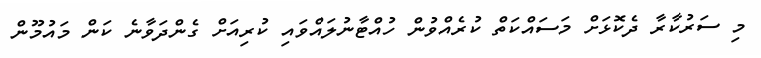
މި ސަރުކާރާ ދެކޮޅަށް މަސައްކަތް ކުރެއްވުން ހުއްޓާނުލައްވައި ކުރިއަށް ގެންދަވާނެ ކަން މައުމޫން